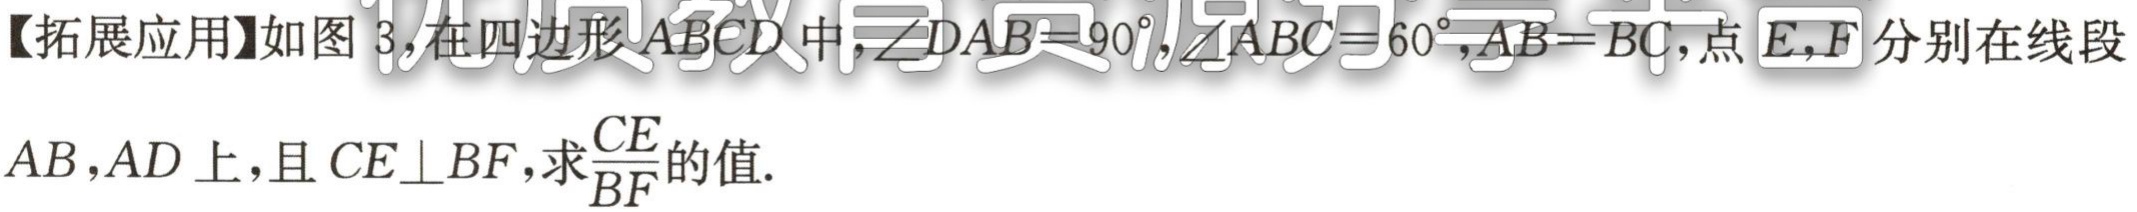
【拓展应用】如图 3，在四边形\(ABCD\)中，\(\angle DAB = 90^{\circ}\)，\(\angle ABC = 60^{\circ}\)，\(AB = BC\)，点\(E,F\)分别在线段\(AB,AD\)上，且\(CE\perp BF\)，求\(\frac{CE}{BF}\)的值.